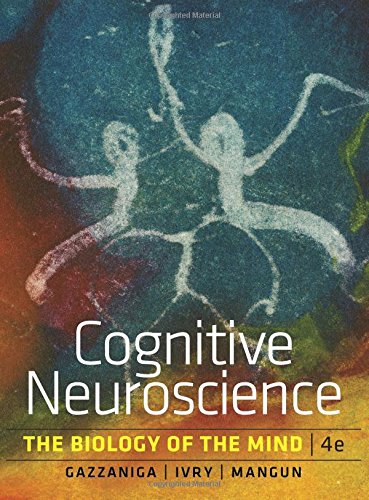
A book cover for Cognitive Neuroscience: The Biology of the Mind, 4th Edition; Michael S. Gazzaniga; Medical Books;